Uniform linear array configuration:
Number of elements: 16
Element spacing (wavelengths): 1
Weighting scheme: cosine
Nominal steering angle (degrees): -60
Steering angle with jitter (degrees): -60.204
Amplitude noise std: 0.05
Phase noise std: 0.05

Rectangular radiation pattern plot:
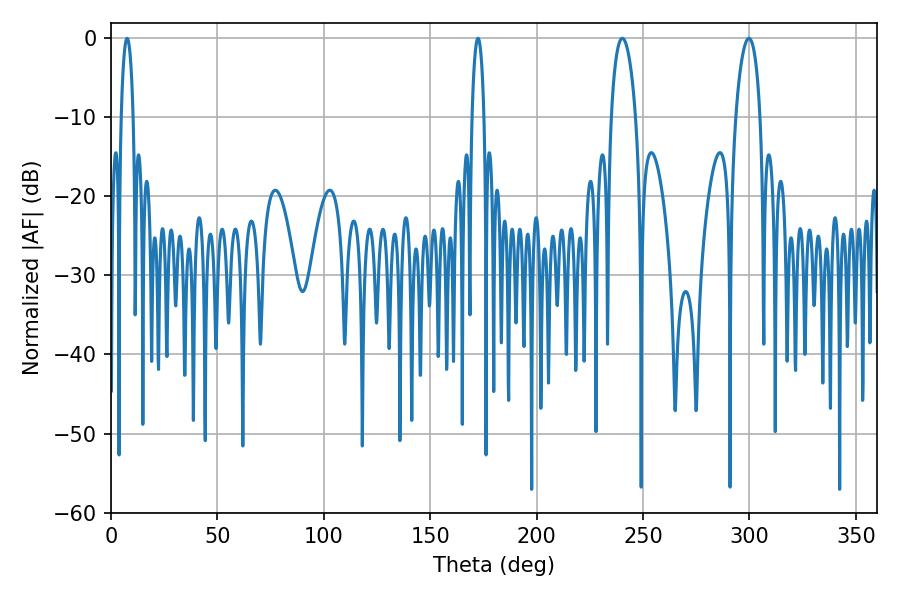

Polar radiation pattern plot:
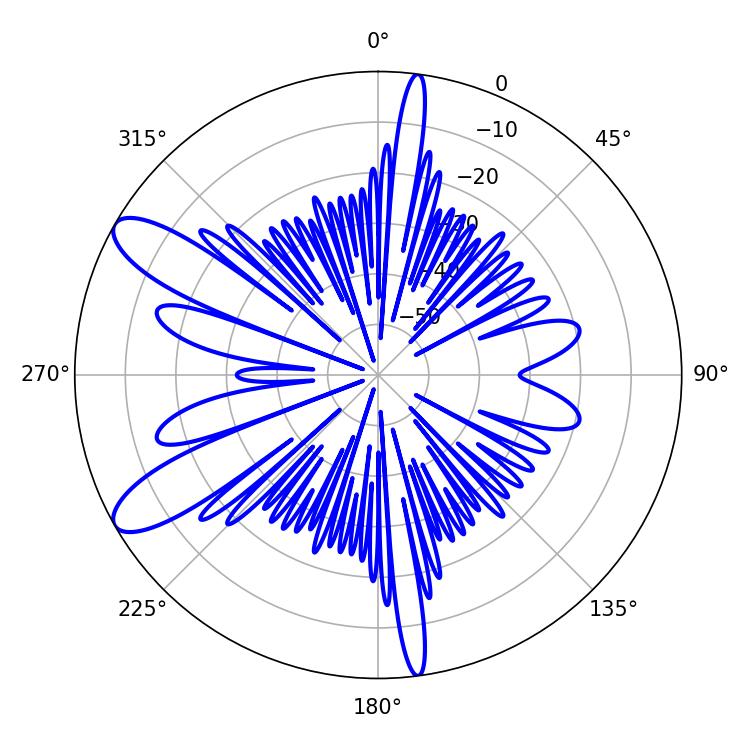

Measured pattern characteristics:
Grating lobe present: TRUE
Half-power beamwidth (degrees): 3.24
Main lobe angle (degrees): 7.56